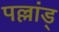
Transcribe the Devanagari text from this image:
पल्लांड्